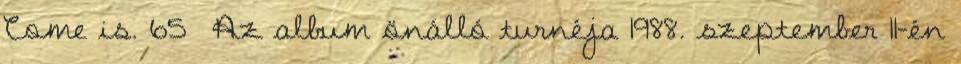
Come is. 65 Az album önálló turnéja 1988. szeptember 11-én